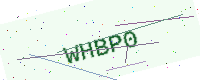
Text: WHBP0